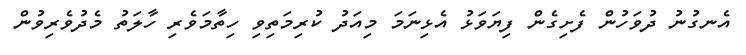
އެނގުނު ދުވަހުން ފެށިގެން ފިޔަވަޅު އެޅިނަމަ މިއަދު ކުރިމަތިވި ހިތާމަވެރި ހާލަތު މެދުވެރިވުން